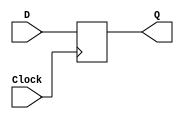
// This program was cloned from: https://github.com/haojunliu/OpenFPGA
// License: BSD 2-Clause "Simplified" License

/* pg 389 - D flip flop */

module bm_DL_D_flipflop(D, Clock, Q);
	input D, Clock;
	output Q;
	reg Q;
	
	always @(posedge Clock)
		Q <= D;
	
endmodule